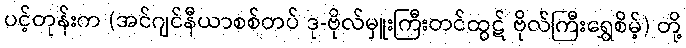
ပင့်တုန်းက (အင်ဂျင်နီယာစစ်တပ် ဒု-ဗိုလ်မှူးကြီးတင်ထွဋ် ဗိုလ်ကြီးရွှေစိမ့်) တို့